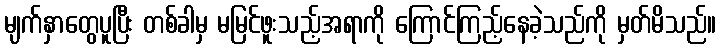
မျက်နှာတွေပူပြီး တစ်ခါမှ မမြင်ဖူးသည့်အရာကို ကြောင်ကြည့်နေခဲ့သည်ကို မှတ်မိသည်။